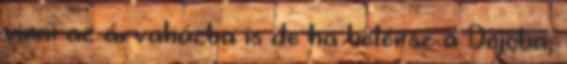
vinni az árvaházba is de ha betérsz a Dojoba,